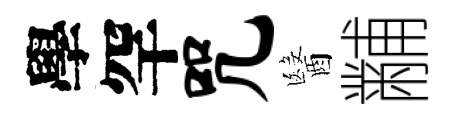
學罕咒醫黼